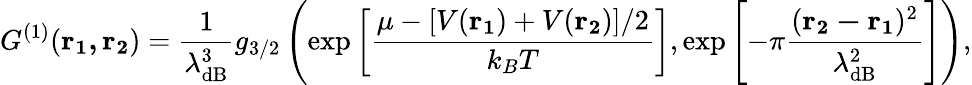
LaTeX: {G^{(1)}}(\mathbf{r_{1},r_{2}})=\frac{1}{\lambda_{\mathrm{dB}}^{3}}g_{3/2}\left(\mathrm{exp}\left[\frac{\mu-[V(\mathbf{r_{1}})+V(\mathbf{r_{2}})]/2}{k_{B}T}\right],\mathrm{exp}\left[-\pi\frac{(\mathbf{r_{2}-r_{1}})^{2}}{\lambda_{\mathrm{dB}}^{2}}\right]\right),